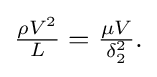
{\tfrac {{\rho }{V^{2}}}{L}}={\tfrac {{\mu }{V}}{\delta _{2}^{2}}}.\,\!